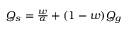
\begin{array} { r } { Q _ { s } = \frac { w } { \alpha } + ( 1 - w ) Q _ { g } } \end{array}